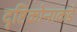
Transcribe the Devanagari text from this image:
दृष्टिकोनाकडे